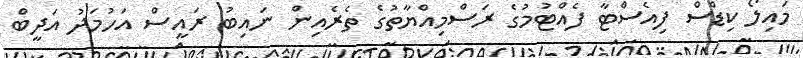
މައިލޯ ކިޑްސް ފިއެސްޓާ ފެއްޓުމުގެ ރަސްމިއްޔާތުގެ ތެރެއިން ނައިބު ރައީސް އަހުމަދު އަދީބް